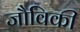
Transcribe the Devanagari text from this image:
जौविकी